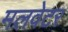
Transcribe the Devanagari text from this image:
मलवेटर